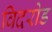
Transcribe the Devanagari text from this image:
विदरोड